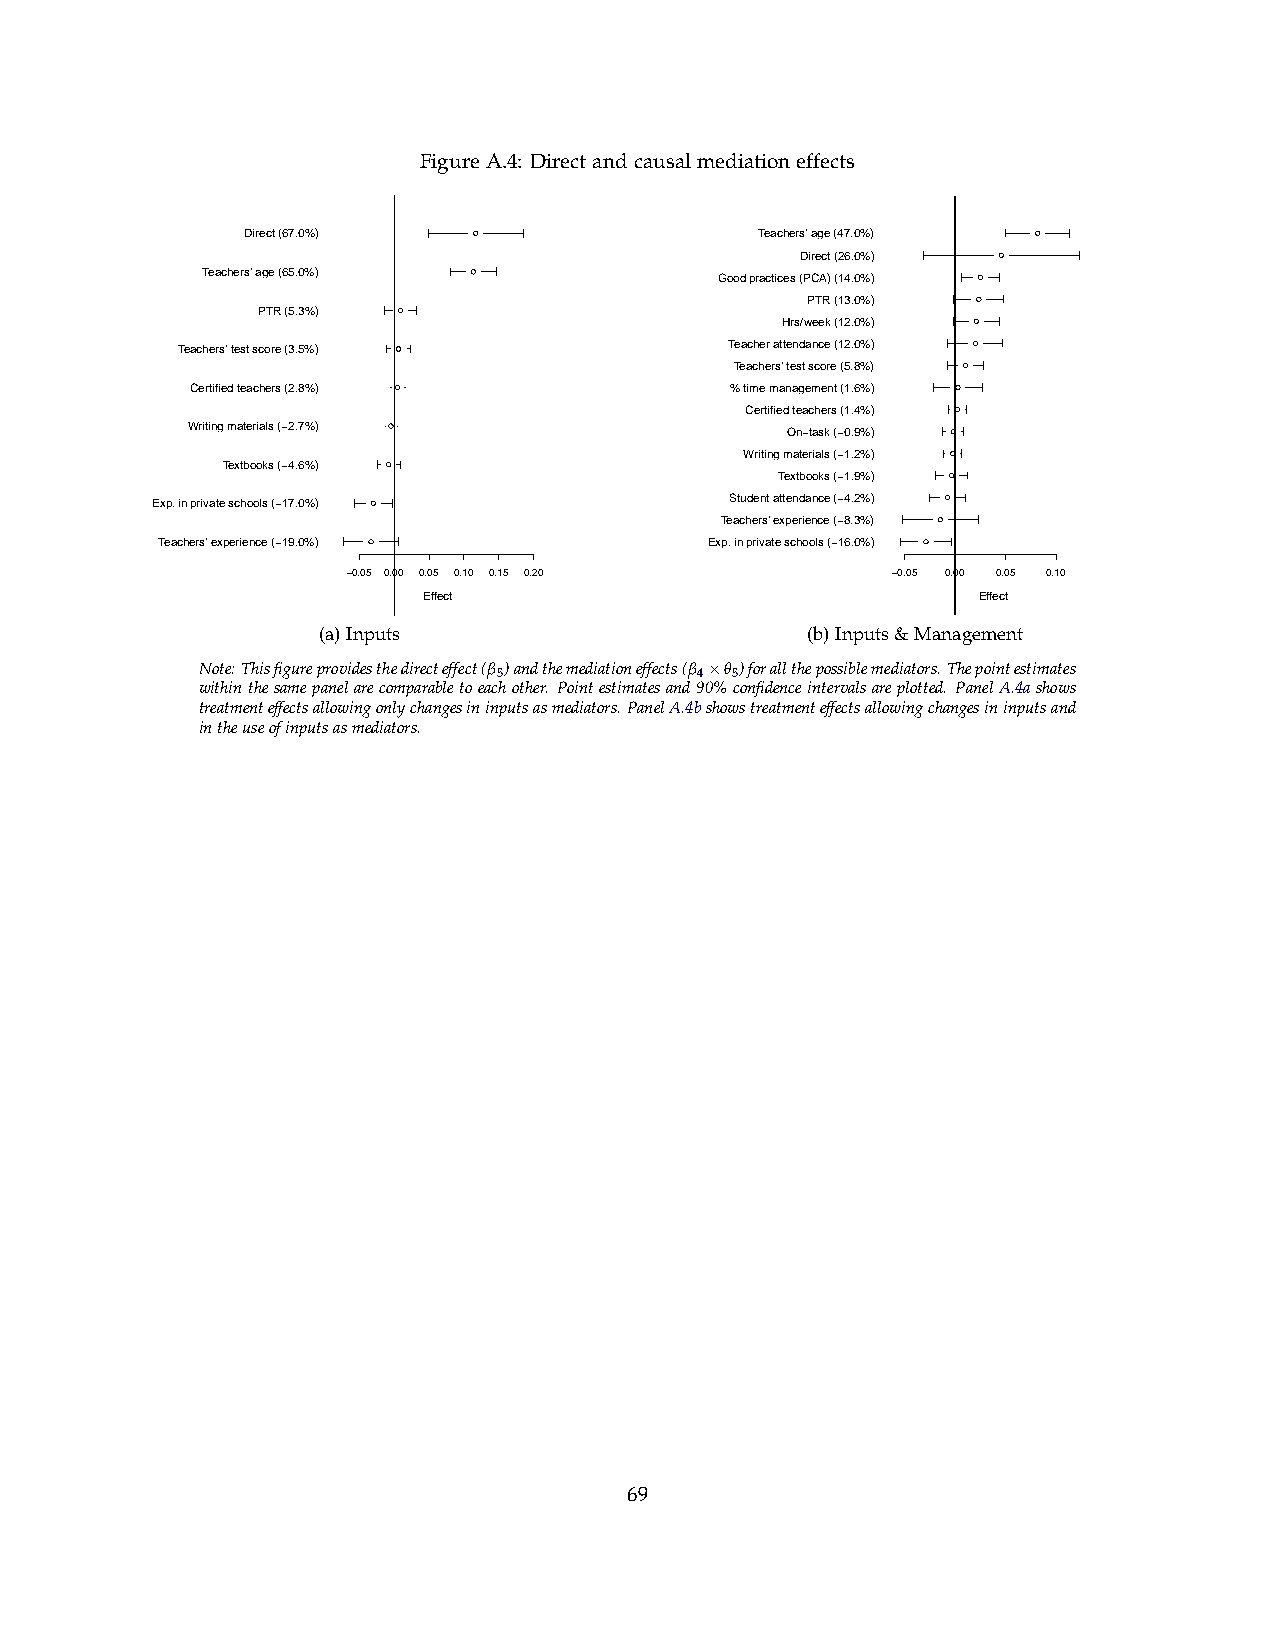
FigureA.4: Directandcausalmediationeffects
 Direct (67.0%) l                  Teachers' age (47.0%) l
 Direct (26.0%) l
 Teachers' age (65.0%) l            Good practices (PCA) (14.0%) l
 PTR (13.0%) l
 PTR (5.3%) l
 Hrs/week (12.0%) l
 Teachers' test score (3.5%) l       Teacher attendance (12.0%) l
 Teachers' test score (5.8%) l
 Certified teachers (2.8%) l        % time management (1.6%) l
 Certified teachers (1.4%) l
 Writing materials (−2.7%) l             On−task (−0.9%) l
 Writing materials (−1.2%) l
 Textbooks (−4.6%) l
 Textbooks (−1.9%) l
 Exp. in private schools (−17.0%) l    Student attendance (−4.2%) l
 Teachers' experience (−8.3%) l
 Teachers' experience (−19.0%) l      Exp. in private schools (−16.0%) l
 −0.05 0.00 0.05 0.10 0.15 0.20      −0.05 0.00 0.05 0.10
 Effect                               Effect
 (a)Inputs                       (b)Inputs&Management
 Note:Thisfigureprovidesthedirecteffect(β5)andthemediationeffects(β4×θ5)forallthepossiblemediators.Thepointestimates
 withinthesamepanelarecomparabletoeachother. Pointestimatesand90%confidenceintervalsareplotted. PanelA.4ashows
 treatmenteffectsallowingonlychangesininputsasmediators.PanelA.4bshowstreatmenteffectsallowingchangesininputsand
 intheuseofinputsasmediators.
 69